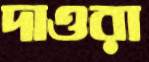
দাওরা